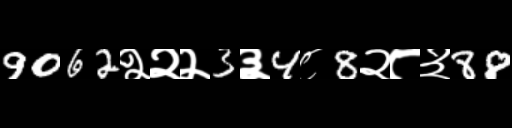
Text: 9062२२२3३4८8२८३88